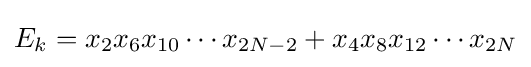
E_{k}=x_{2}x_{6}x_{10}\cdots x_{2N-2}+x_{4}x_{8}x_{12}\cdots x_{2N}